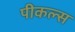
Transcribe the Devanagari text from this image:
पीकल्स